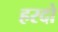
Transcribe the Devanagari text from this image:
हरदो